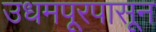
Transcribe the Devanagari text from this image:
उधमपूरपासून